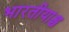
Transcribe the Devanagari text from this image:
भारतीयाश्च